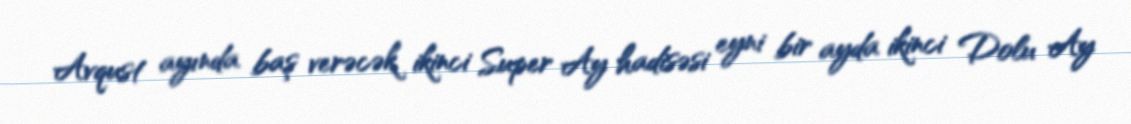
Avqust ayında baş verəcək ikinci Super Ay hadisəsi eyni bir ayda ikinci Dolu Ay